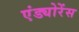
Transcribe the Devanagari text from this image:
एंड्योरेंस